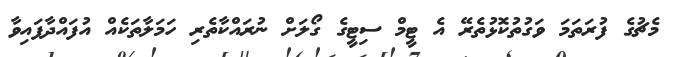
މެޗުގެ ފުރަތަމަ ވަގުތުކޮޅުތެރޭ އެ ޓީމް ސިޓީގެ ގޯލަށް ނުރައްކާތެރި ހަމަލާތަކެއް އުފައްދާފައިވާ